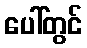
ပေါ်တွင်